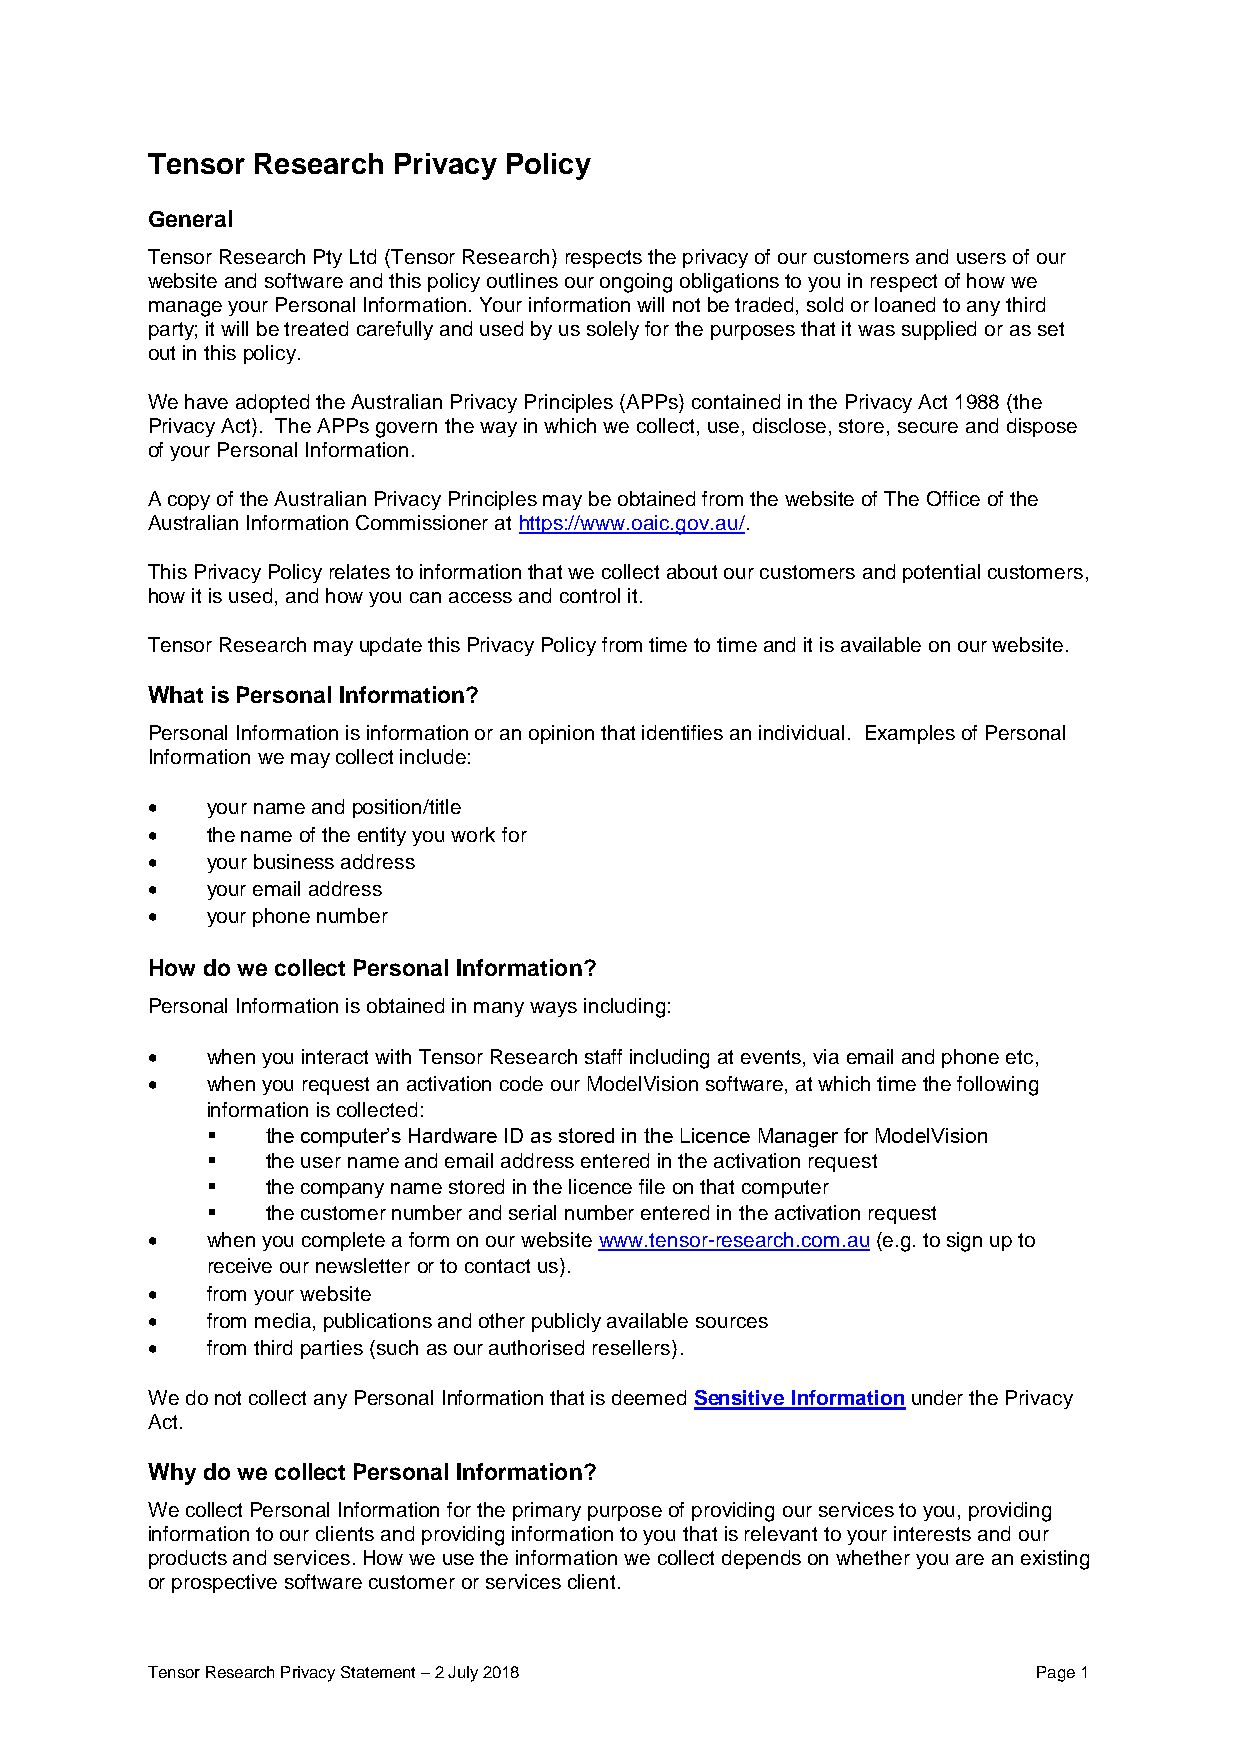
Tensor Research Privacy Policy
 General
 Tensor Research Pty Ltd (Tensor Research) respects the privacy of our customers and users of our
 website and software and this policy outlines our ongoing obligations to you in respect of how we
 manage your Personal Information. Your information will not be traded, sold or loaned to any third
 party; it will be treated carefully and used by us solely for the purposes that it was supplied or as set
 out in this policy.
 We have adopted the Australian Privacy Principles (APPs) contained in the Privacy Act 1988 (the
 Privacy Act). The APPs govern the way in which we collect, use, disclose, store, secure and dispose
 of your Personal Information.
 A copy of the Australian Privacy Principles may be obtained from the website of The Office of the
 Australian Information Commissioner at https://www.oaic.gov.au/.
 This Privacy Policy relates to information that we collect about our customers and potential customers,
 how it is used, and how you can access and control it.
 Tensor Research may update this Privacy Policy from time to time and it is available on our website.
 What is Personal Information?
 Personal Information is information or an opinion that identifies an individual. Examples of Personal
 Information we may collect include:
 •   your name and position/title
 •   the name of the entity you work for
 •   your business address
 •   your email address
 •   your phone number
 How do we collect Personal Information?
 Personal Information is obtained in many ways including:
 •   when you interact with Tensor Research staff including at events, via email and phone etc,
 •   when you request an activation code our ModelVision software, at which time the following
 information is collected:
 ▪   the computer’s Hardware ID as stored in the Licence Manager for ModelVision
 ▪   the user name and email address entered in the activation request
 ▪   the company name stored in the licence file on that computer
 ▪   the customer number and serial number entered in the activation request
 •   when you complete a form on our website www.tensor-research.com.au (e.g. to sign up to
 receive our newsletter or to contact us).
 •   from your website
 •   from media, publications and other publicly available sources
 •   from third parties (such as our authorised resellers).
 We do not collect any Personal Information that is deemed Sensitive Information under the Privacy
 Act.
 Why do we collect Personal Information?
 We collect Personal Information for the primary purpose of providing our services to you, providing
 information to our clients and providing information to you that is relevant to your interests and our
 products and services. How we use the information we collect depends on whether you are an existing
 or prospective software customer or services client.
 Tensor Research Privacy Statement – 2 July 2018            Page 1